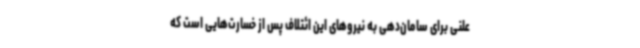
علنی برای سامان‌دهی به نیروهای این ائتلاف پس از خسارت‌هایی است که